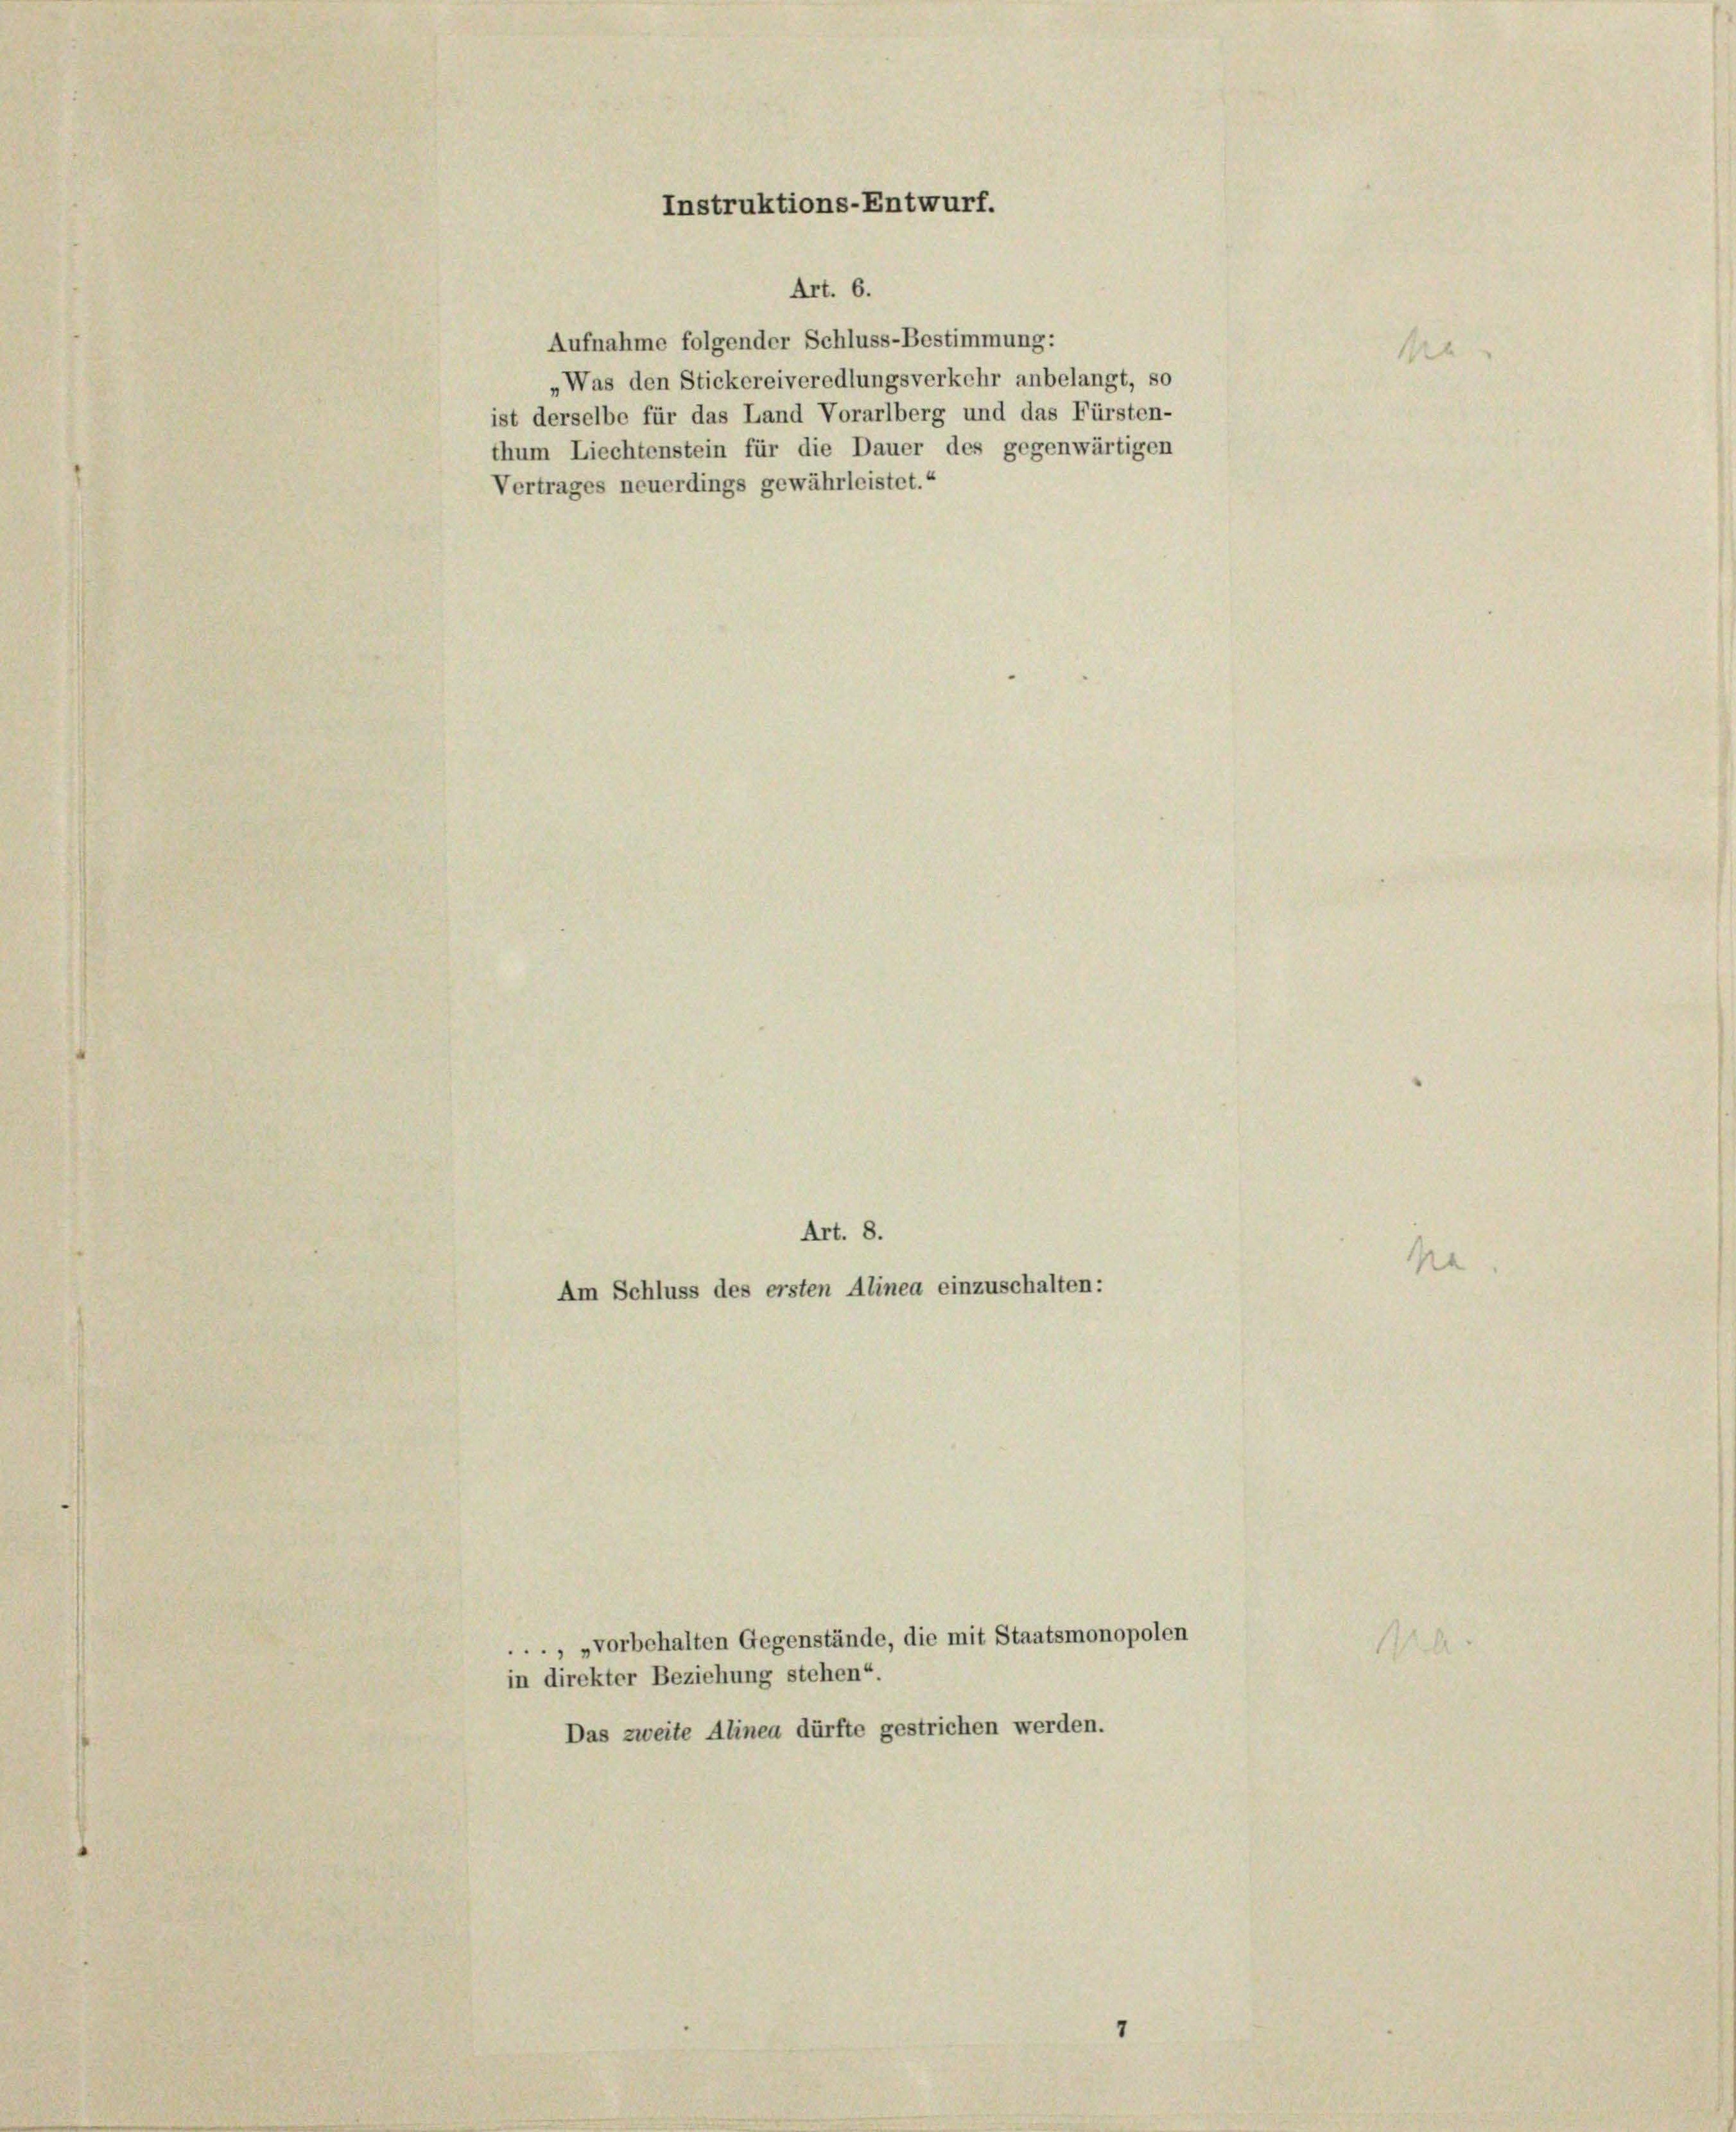
Art. 6.
Aufnahme folgender Schluss-Bestimmung:
„Was den Stickereiveredlungsverkehr anbelangt, so
ist derselbe für das Land Vorarlberg und das Fürsten-
thum Liechtenstein für die Dauer des gegenwärtigen
Vertrages neuerdings gewährleistet.“

Instruktions-Entwurf.

Art. 8.
Am Schluss des ersten Alinea einzuschalten:

., „vorbehalten Gegenstände, die mit Staatsmonopolen
in direkter Beziehung stehen“
Das zweite Alinea dürfte gestrichen werden.

Na